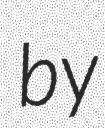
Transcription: by